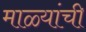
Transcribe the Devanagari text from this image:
माळ्यांची